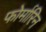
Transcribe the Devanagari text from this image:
फोर्मारिन